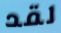
لقد